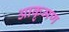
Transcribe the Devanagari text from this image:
आकृमण